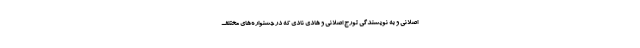
اصلانى و به نویسندگی تورج اصلانى و هادی نادی که در جشنواره‌های مختلف